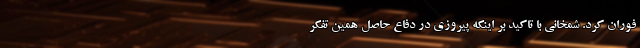
فوران کرد. شمخانی با تاکید بر اینکه پیروزی در دفاع حاصل همین تفکر